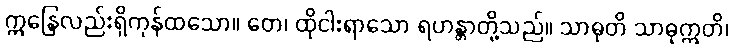
ဣန္ဒြေလည်းရှိကုန်ထသော။ တေ၊ ထိုငါးရာသော ရဟန္တာတို့သည်။ သာဓုတိ သာဓုဣတိ၊